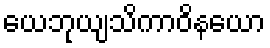
ယေဘုယျသိကာဝိနယော